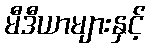
မီဒီယာများနှင့်